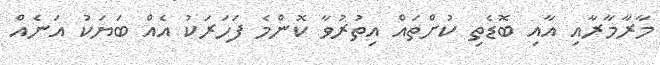
މާރާމާރާއި އާއި ބޮޑެތި ކުށްތައް އިތުރުވާ ކޮންމެ ފަހަރަކު އެއް ބަޔަކު އަނެއް